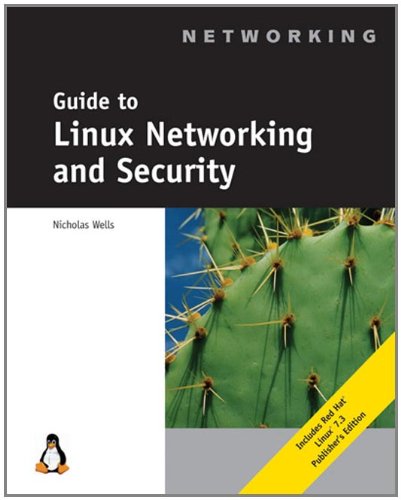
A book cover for Guide to Linux Networking and Security; Nick Wells; Computers & Technology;